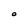
Character: O